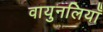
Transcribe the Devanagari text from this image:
वायुनलियाँ